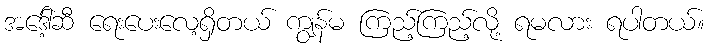
အဒေါ့်ဆီ ရေးပေးလေ့ရှိတယ် ကျွန်မ ကြည့်ကြည့်လို့ ရမလား ရပါတယ်။